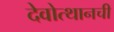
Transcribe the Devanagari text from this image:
देवोत्थानची